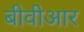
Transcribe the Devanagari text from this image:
बीवीआर